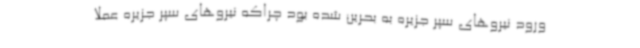
ورود نیروهای سپر جزیره به بحرین شده بود چراکه نیروهای سپر جزیره عملاً